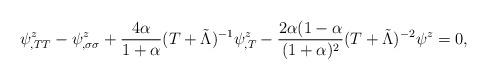
LaTeX: \begin{align*}\psi^{z}_{,TT}-\psi^{z}_{,\sigma\sigma}+\frac{4\alpha}{1+\alpha}(T+\tilde{\Lambda})^{-1} \psi^{z}_{,T}-\frac{2\alpha(1-\alpha}{(1+\alpha)^{2}}(T+\tilde{\Lambda})^{-2}\psi^{z}=0,\end{align*}